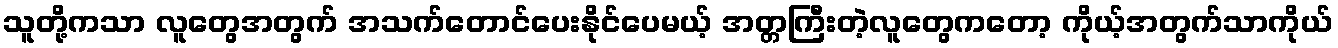
သူတို့ကသာ လူတွေအတွက် အသက်တောင်ပေးနိုင်ပေမယ့် အတ္တကြီးတဲ့လူတွေကတော့ ကိုယ့်အတွက်သာကိုယ်